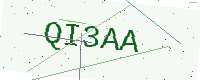
Text: QI3AA